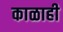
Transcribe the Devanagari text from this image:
काळाही